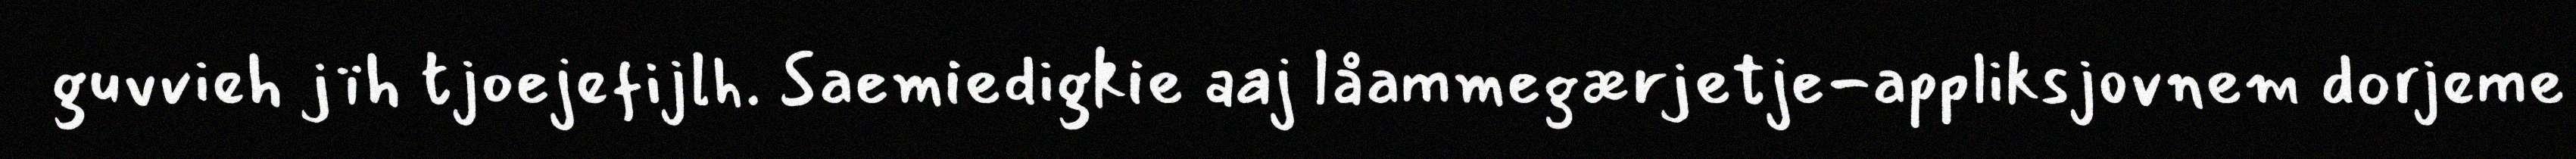
guvvieh jïh tjoejefijlh. Saemiedigkie aaj låammegærjetje-appliksjovnem dorjeme